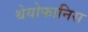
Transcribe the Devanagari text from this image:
थेयोफानिस